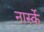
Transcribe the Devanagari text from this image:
नार्स्के